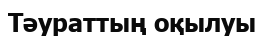
Тәураттың оқылуы